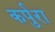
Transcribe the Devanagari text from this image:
कर्पुरा